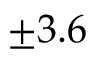
\pm 3 . 6